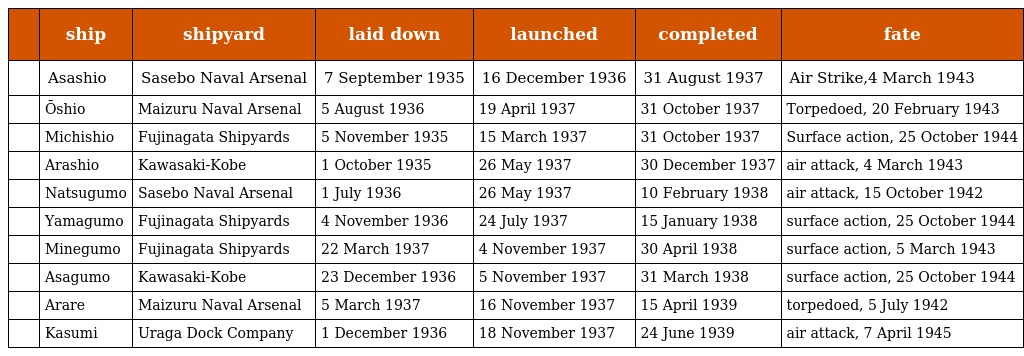
|  | ship | shipyard | laid down | launched | completed | fate |
 | --- | --- | --- | --- | --- | --- | --- |
 | 朝潮 | Asashio | Sasebo Naval Arsenal | 7 September 1935 | 16 December 1936 | 31 August 1937 | Air Strike,4 March 1943 |
 | 大潮 | Ōshio | Maizuru Naval Arsenal | 5 August 1936 | 19 April 1937 | 31 October 1937 | Torpedoed, 20 February 1943 |
 | 満潮 | Michishio | Fujinagata Shipyards | 5 November 1935 | 15 March 1937 | 31 October 1937 | Surface action, 25 October 1944 |
 | 荒潮 | Arashio | Kawasaki-Kobe | 1 October 1935 | 26 May 1937 | 30 December 1937 | air attack, 4 March 1943 |
 | 夏雲 | Natsugumo | Sasebo Naval Arsenal | 1 July 1936 | 26 May 1937 | 10 February 1938 | air attack, 15 October 1942 |
 | 山雲 | Yamagumo | Fujinagata Shipyards | 4 November 1936 | 24 July 1937 | 15 January 1938 | surface action, 25 October 1944 |
 | 峯雲 | Minegumo | Fujinagata Shipyards | 22 March 1937 | 4 November 1937 | 30 April 1938 | surface action, 5 March 1943 |
 | 朝雲 | Asagumo | Kawasaki-Kobe | 23 December 1936 | 5 November 1937 | 31 March 1938 | surface action, 25 October 1944 |
 | 霰 | Arare | Maizuru Naval Arsenal | 5 March 1937 | 16 November 1937 | 15 April 1939 | torpedoed, 5 July 1942 |
 | 霞 | Kasumi | Uraga Dock Company | 1 December 1936 | 18 November 1937 | 24 June 1939 | air attack, 7 April 1945 |